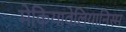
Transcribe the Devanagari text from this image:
मेकियावेलियानिस्म